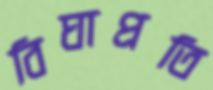
বিঘাপ্রতি